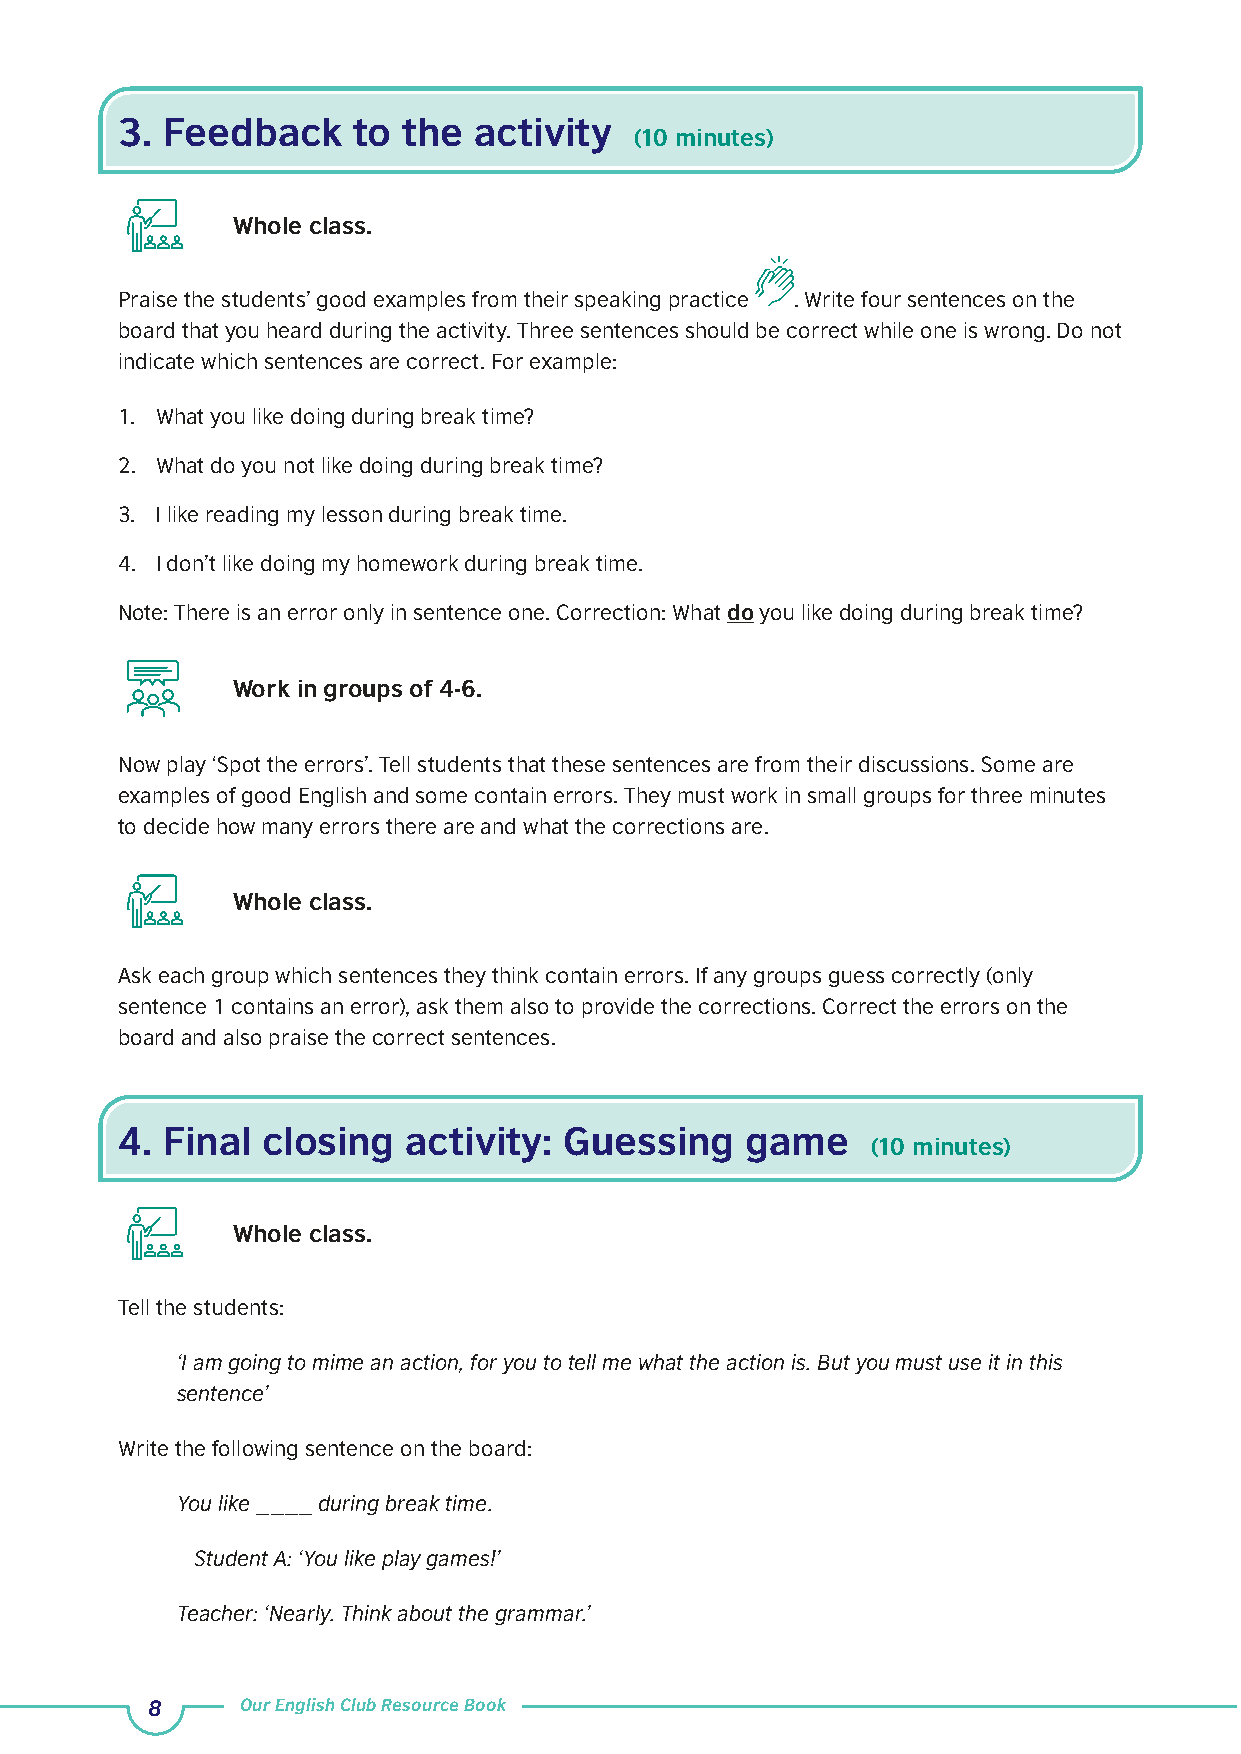
3. Feedback    to  the activity
 (10 minutes)
 Whole class.
 Praise the students’ good examples from their speaking practice . Write four sentences on the
 board that you heard during the activity. Three sentences should be correct while one is wrong. Do not
 indicate which sentences are correct. For example:
 1. What you like doing during break time?
 2. What do you not like doing during break time?
 3. I like reading my lesson during break time.
 4. I don’t like doing my homework during break time.
 Note: There is an error only in sentence one. Correction: What do you like doing during break time?
 Work in groups of 4-6.
 Now play ‘Spot the errors’. Tell students that these sentences are from their discussions. Some are
 examples of good English and some contain errors. They must work in small groups for three minutes
 to decide how many errors there are and what the corrections are.
 Whole class.
 Ask each group which sentences they think contain errors. If any groups guess correctly (only
 sentence 1 contains an error), ask them also to provide the corrections. Correct the errors on the
 board and also praise the correct sentences.
 4. Final closing   activity: Guessing    game
 (10 minutes)
 Whole class.
 Tell the students:
 ‘I am going to mime an action, for you to tell me what the action is. But you must use it in this
 sentence’
 Write the following sentence on the board:
 You like ____ during break time.
 Student A: ‘You like play games!’
 Teacher: ‘Nearly. Think about the grammar.’
 8     Our English Club Resource Book